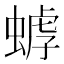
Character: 𧎍